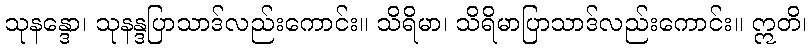
သုနန္ဒော၊ သုနန္ဒပြာသာဒ်လည်းကောင်း။ သိရိမာ၊ သိရိမာပြာသာဒ်လည်းကောင်း။ ဣတိ၊